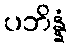
ပဘိန္နံ